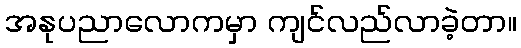
အနုပညာလောကမှာ ကျင်လည်လာခဲ့တာ။